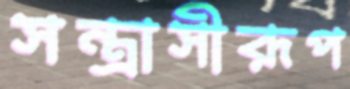
সন্ত্রাসীরূপ